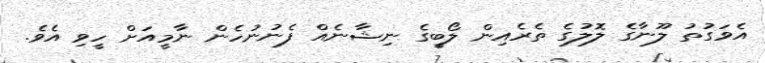
އެވަގުތު ލޫނާގެ ލޮލުގެ ތެރެއިން ލޯބީގެ ނިޝާނެއް ފެނުނުހެން ނާމީއަށް ހީވި އެވެ.